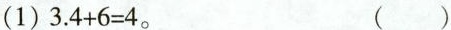
(1)$$3 . 4 + 6 = 4$$。 ( )